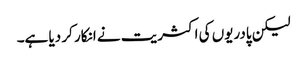
لیکن پادریوں کی اکثریت نے انکار کر دیا ہے۔